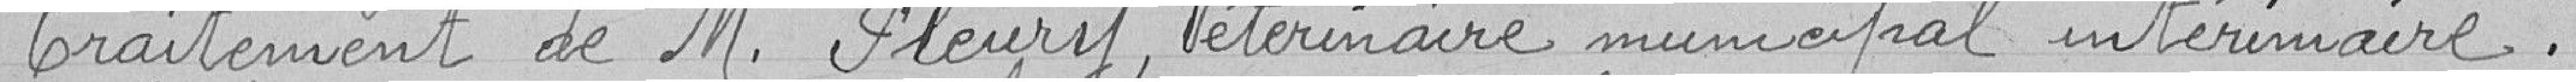
Traitement de M.Fleury. Vétérinaire municipal intérimaire .